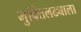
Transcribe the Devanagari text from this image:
मुक्तिलढ्याला